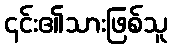
၎င်း၏သားဖြစ်သူ